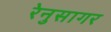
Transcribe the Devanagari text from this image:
रेनुसागर